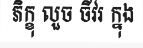
ភិក្ខុ លួច ចីវរ ក្នុង